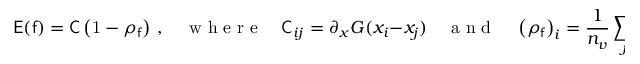
\mathsf { E } ( \mathsf { f } ) = \mathsf { C } \left( \mathrm { 1 } - \rho _ { \mathsf { f } } \right) \, , \quad \mathrm { ~ w ~ h ~ e ~ r ~ e ~ } \quad \mathsf { C } _ { i j } = \partial _ { x } G ( x _ { i } - x _ { j } ) \quad \mathrm { ~ a ~ n ~ d ~ } \quad \left( \rho _ { \mathsf { f } } \right) _ { i } = \frac { 1 } { n _ { v } } \sum _ { j } \mathsf { f } _ { i j } \, ,